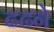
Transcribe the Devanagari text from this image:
ढढने